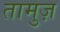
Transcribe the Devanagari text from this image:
तामुज़